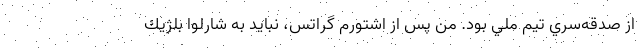
از صدقه‌سري تيم ملي بود. من پس از اشتورم گراتس، نبايد به شارلوا بلژيك